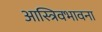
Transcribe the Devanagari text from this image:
आस्त्रिवभावना